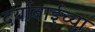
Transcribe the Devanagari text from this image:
दर्याबाईच्या